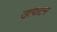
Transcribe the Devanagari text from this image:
उत्पाटन